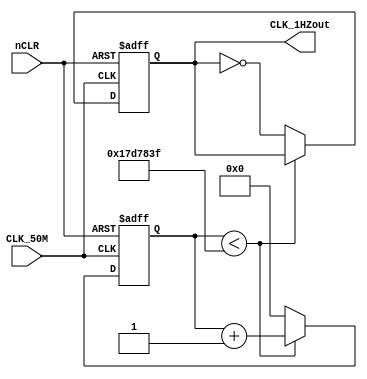
`timescale 1ns / 1ps
//////////////////////////////////////////////////////////////////////////////////
// Company: 
// Engineer: 
// 
// Design Name: 
// Module Name:    Divider50MHZ 
// Project Name: 
// Target Devices: 
// Tool versions: 
// Description: 
//
// Dependencies: 
//
// Revision: 
// Revision 0.01 - File Created
// Additional Comments: 
//
//////////////////////////////////////////////////////////////////////////////////
module Divider50MHZ(
    input CLK_50M,
    input nCLR,
    output reg CLK_1HZout
    );
	parameter N=25;
	parameter CLK_Freq=50000000;
	parameter Out_Freq=1;
	
	reg[N-1:0] Count_DIV;
	always@(posedge CLK_50M,negedge nCLR)
	begin
		if(!nCLR)
		begin
			CLK_1HZout<=0;
			Count_DIV<=0;
		end
		else
		begin
			if(Count_DIV<(CLK_Freq/(2*Out_Freq)-1))
				Count_DIV<=Count_DIV+1'b1;
			else
			begin
				Count_DIV<=0;
				CLK_1HZout<=~CLK_1HZout;
			end
		end
	end
endmodule